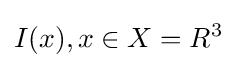
I(x),x\in X=R^{3}